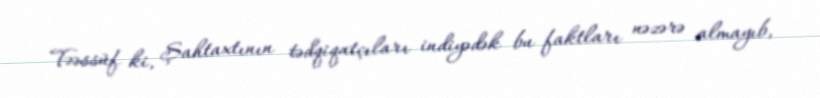
Təəssüf ki, Şahtaxtının tədqiqatçıları indiyədək bu faktları nəzərə almayıb,